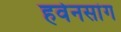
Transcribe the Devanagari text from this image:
हवेनसांग